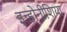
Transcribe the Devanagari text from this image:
इन्डोनीशिया